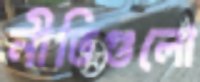
নীতিগুলো